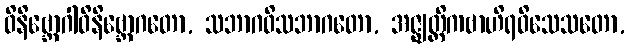
ဝိနိဗ္ဘောဂါဝိနိဗ္ဘောဂတော, သဘာဂဝိသဘာဂတော, အဇ္ဈတ္တိကဗာဟိရဝိသေသတော,